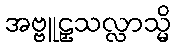
အဗ္ဗူဠှသလ္လာသ္မိ